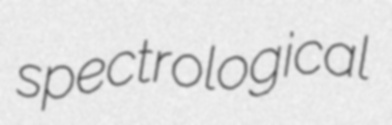
spectrological